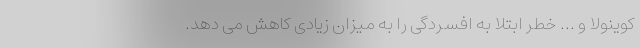
کوینولا و ... خطر ابتلا به افسردگی را به میزان زیادی کاهش می دهد.